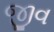
જીવ